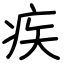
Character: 疾